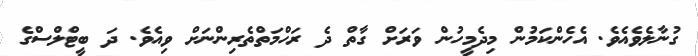
ގުނާލެވެއެވެ. އެހެންކަމުން މިދެމީހުން ވަރަށް ގާތް ދެ ރަހްމަތްތެރިންނަށް ވިއެވެ. ދަ ބީޓްލްސްގެ